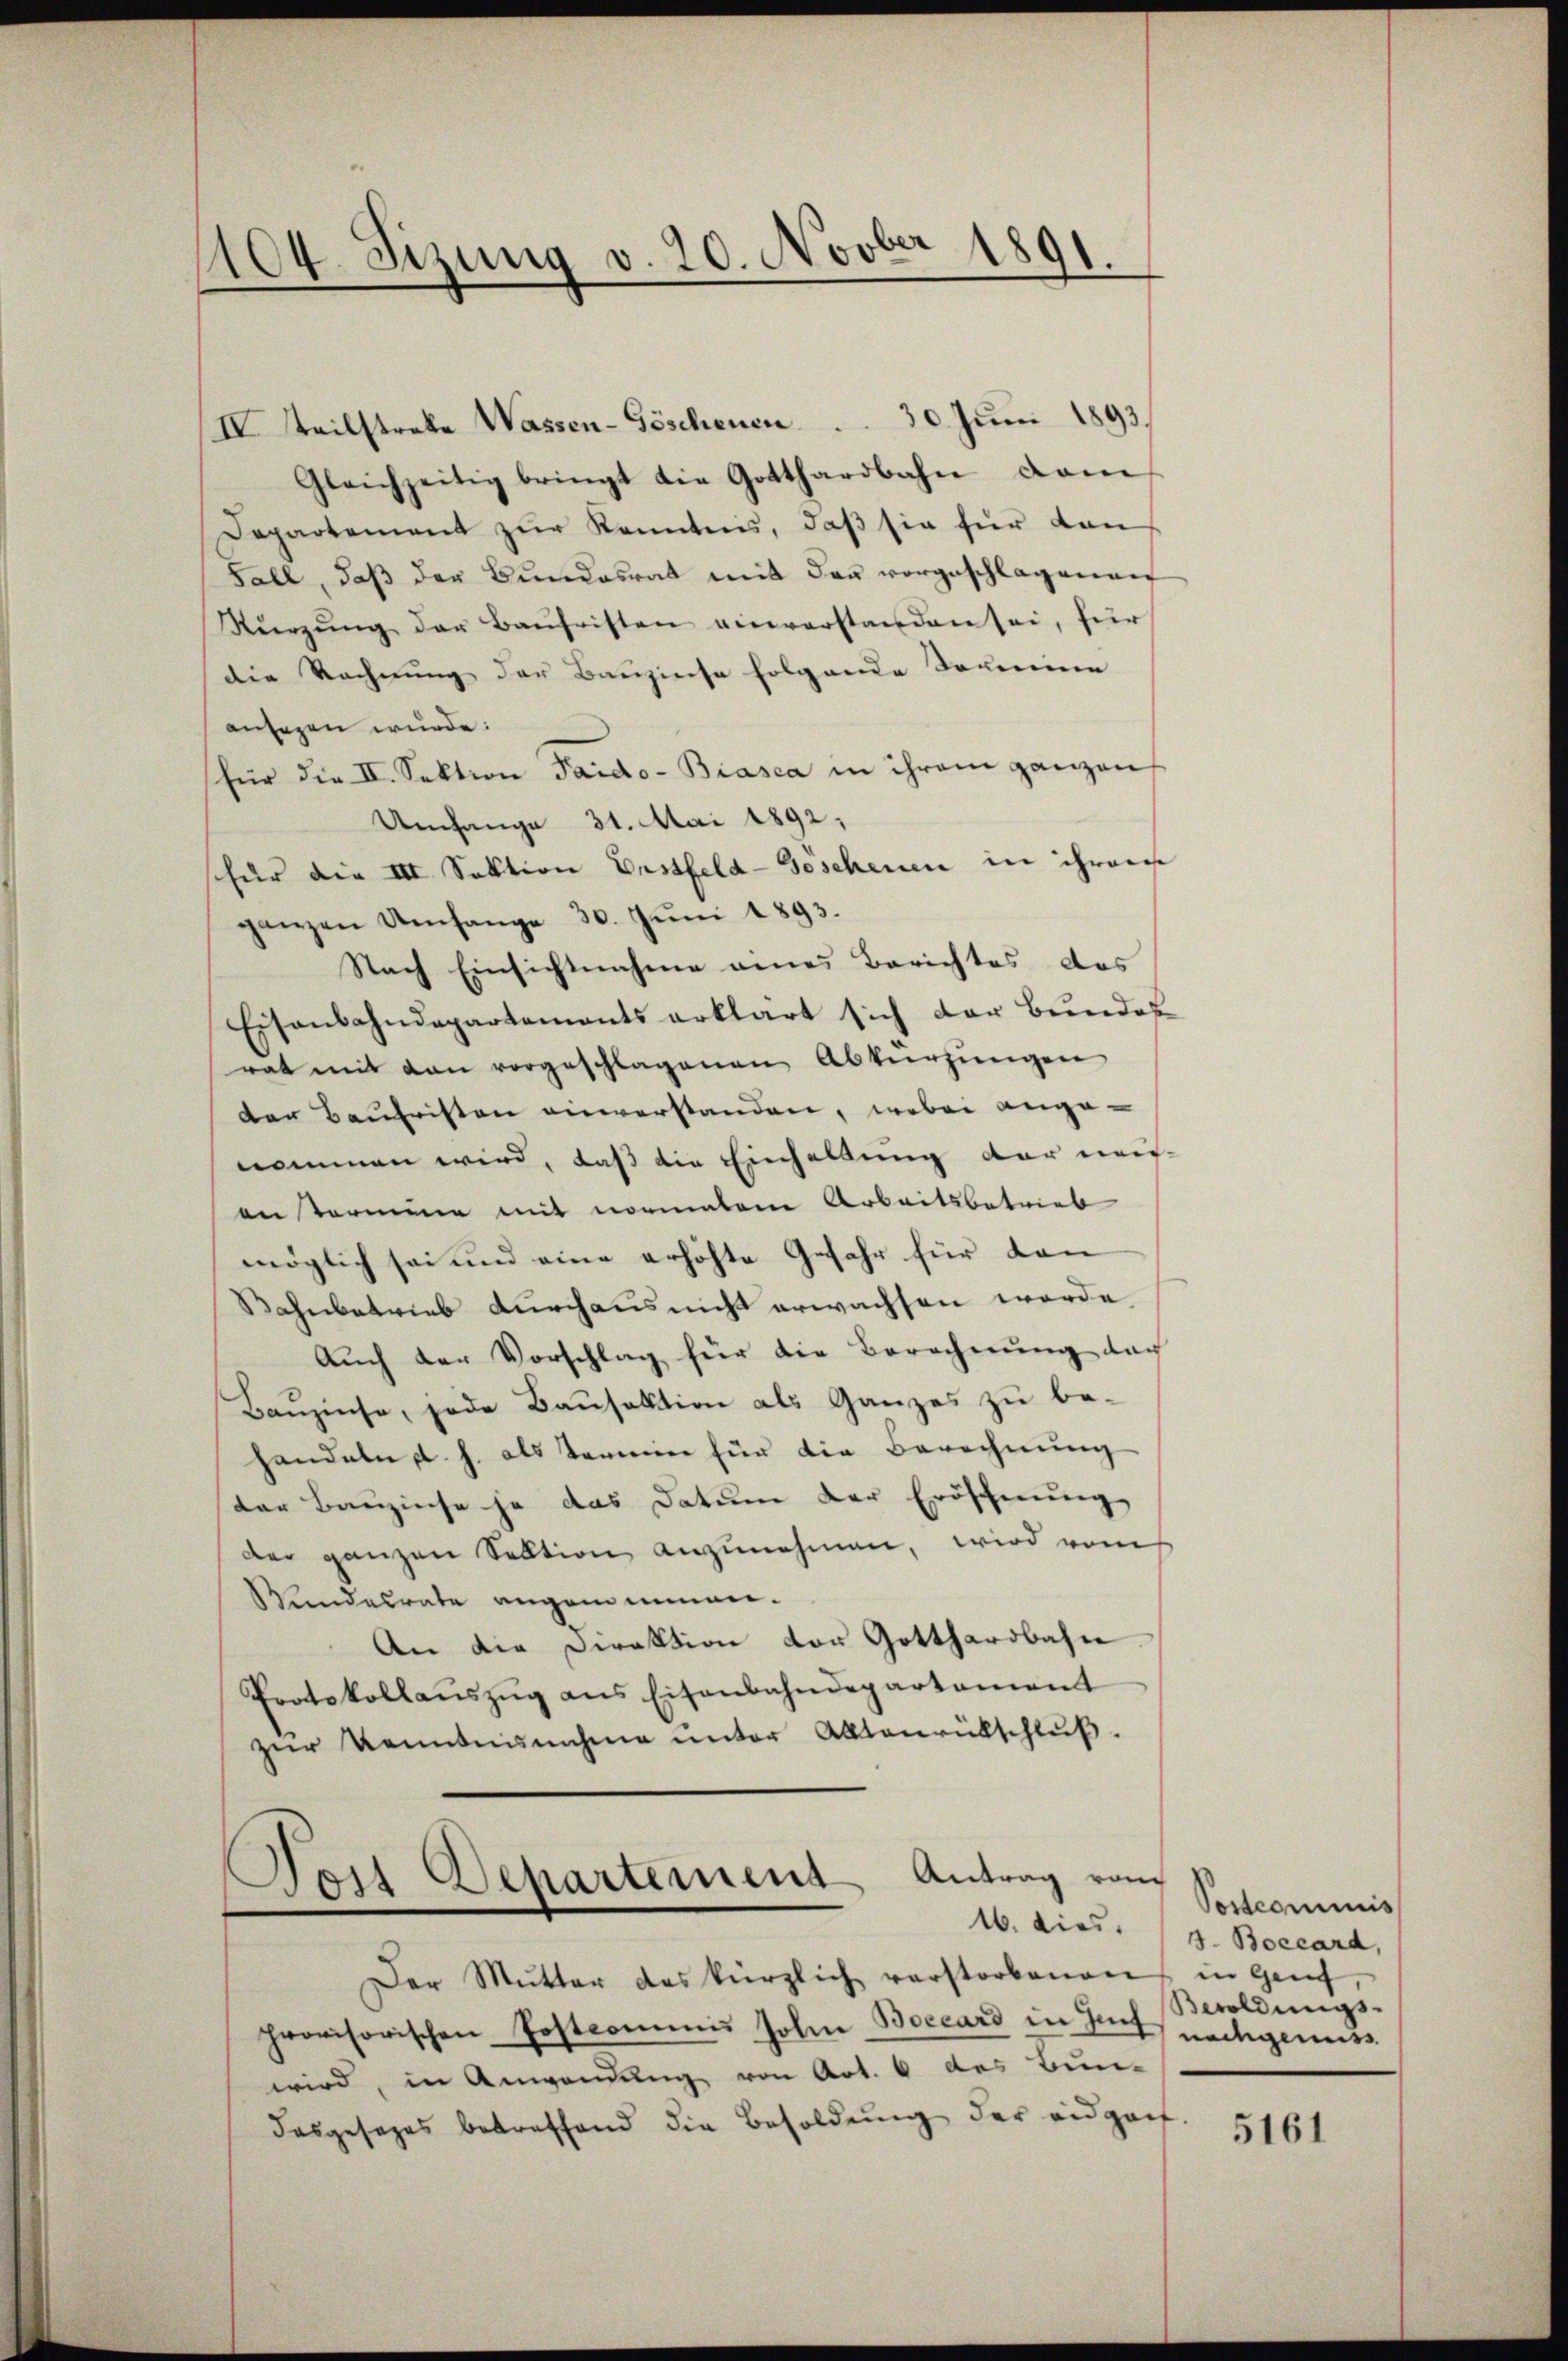
1104. Sizung v. 20. Novber 1891
d

IV Teilstrake Wassen-Göschenen            30. Juni 1893.
Gleichzeitig bringt die Gotthardbahn dam
Departement zur Kenntnis, daß sie für dan
Fall, daß der Bundesrat mit der vorgeschlagenen
Kürzung der Baŭfristen einverstanden sei, für
die Rechnung der Bauzinse folgende Domine
ansagen wurde.
für die II. Sektion Paido- Biasca in ihrem ganzen
Umfange 31. Mai 1892,
für die III. Sektion Erstfeld-Goschenen in ihrer
ganzen Umfange 30. Jŭni 1893.
Nach Einsichtnahme eines Berichtes das
Eisenbahndepartements erklärt sich der Bundes
rat mit den vorgeschlagenen Abkürzungen
der Baufristen einverstanden, wobei ange-
nommen wird, daß die Einhaltung der mei-
antermine mit normalen Arbeitsbetrieb
möglich sei und eine erhöhte Gefahr für dan
Bahnbetrieb durchaus nicht erwachsen werde
Auch der Vorschlag für die Berechnung doch
Bauzinse, jede Baufaktion als Ganzes zu behandeln d. h. als Termin für die Berechnung
der Bauzinse ja das Datum der Eröscherung
der ganzen Sektion anzunehmen, wird vom
Wundesrate angemeinen.
An die Direktion der Gotthardbahn
Protokollaŭszŭg ans Eisenbahndepartament
zŭr Kenntnisnahme ŭnter Alltenrütschlŭβ
Dort Departement Antrag vom
Der Mutter das kürzlich verstorbenens in Genf,
provisorischen Postcommis Johan Boccard in Art nachgemess
wird, in Anwendung von Art. 6 des Bun-
dasgesages betreffend die Besoldung der eidgaif.

Postcommis
16. dies. (s. Boccard,
Beroldungs-

5161